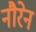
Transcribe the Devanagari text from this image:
नौरेन